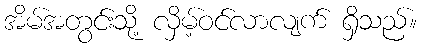
အိမ်အတွင်းသို့ လှိမ့်ဝင်လာလျက် ရှိသည်။